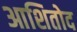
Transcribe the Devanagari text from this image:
आशितोद